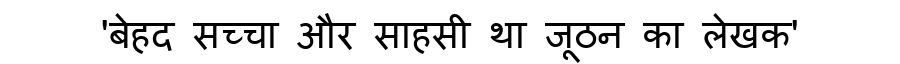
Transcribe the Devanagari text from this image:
'बेहद सच्चा और साहसी था जूठन का लेखक'